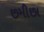
છમીછા